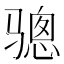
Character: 骢